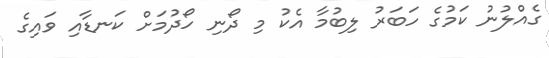
ގެއްލުނު ކަމުގެ ހަބަރު ލިބުމާ އެކު މި ދޯނި ހޯދުމަށް ކަނޑާއި ވައިގެ